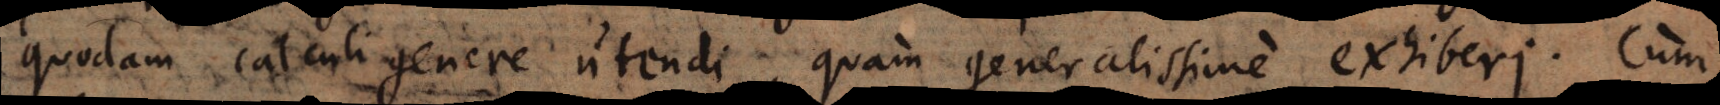
quodam calculi genere utendi, quam generalissime exhiberi. Cum